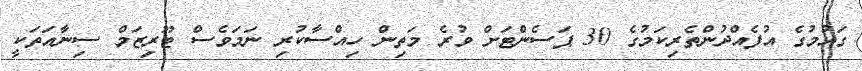
ގައުމުގެ އުފެއްދުންތެރިކަމުގެ 30 ޕަސެންޓަށް ވުރެ މަތިން ހިއްސާކުރި ނަމަވެސް ޓޫރިޒަމް ސިނާއަތަކީ